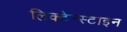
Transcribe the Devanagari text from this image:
लिक्टेन्स्टाइन